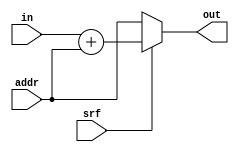
module reg_file
#(
	parameter MDATAW = 8
	//parameter FFTSIZ = 3
)
(
	input               srf, //inv,
	input  [MDATAW-1:0] in,
	input  [MDATAW-1:0] addr,
	output [MDATAW-1:0] out
);

/* reg [FFTSIZ-1:0] aux;

integer i;

always @ (*) begin
	for (i = 0; i < FFTSIZ; i = i+1) begin : norm
		aux[i] <= in[FFTSIZ-i];
	end
end

wire [MDATAW-1:0] add = (inv) ? {in[MDATAW-1:FFTSIZ+1], aux, in[0]} : in;

assign out = (srf) ? add + addr: addr; */

assign out = (srf) ? in + addr: addr;

endmodule